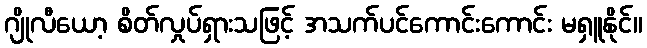
ဂျိုလီယော့ စိတ်လှုပ်ရှားသဖြင့် အသက်ပင်ကောင်းကောင်း မရှူနိုင်။